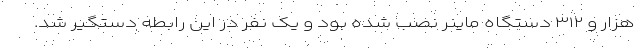
هزار و ۳۱۲ دستگاه ماینر نصب شده بود و یک نفر در این رابطه دستگیر شد.